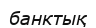
банктық